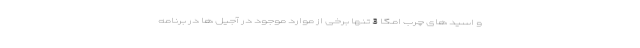
و اسید های چرب امگا 3 تنها برخی از موارد موجود در آجیل ها در برنامه